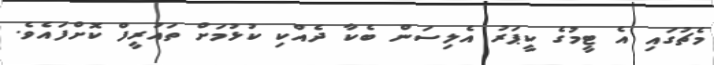
މެޗުގައި އެ ޓީމުގެ ކީޕަރު އެލިސަން ބެކާ ދެއްކި ކުޅުމަށް ތައުރީފް ކޮށްފައެވެ.